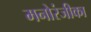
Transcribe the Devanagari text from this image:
मनोरंजीका